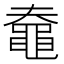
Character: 𪓗